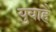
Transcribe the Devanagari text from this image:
युवाहै